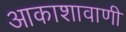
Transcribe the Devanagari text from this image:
आकाशावाणी